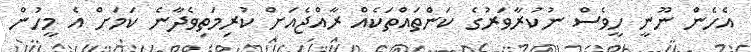
އެހެން ނޫނީ ހީވެސް ނުކުރާވަރުގެ ކަންތައްތަކެއް ރާއްޖެއަށް ކުރިމަތިވެދާނެ ކަމަށް އެ މީހުން